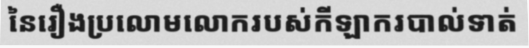
នៃរឿងប្រលោមលោករបស់កីឡាករបាល់ទាត់